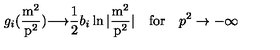
g _ { i } ( \mathrm { \frac { m ^ 2 } { p ^ 2 } } ) { \longrightarrow } \frac 1 2 b _ { i } \ln | \mathrm { \frac { m ^ 2 } { p ^ 2 } } | \quad \mathrm { f o r } \quad p ^ { 2 } \to - \infty